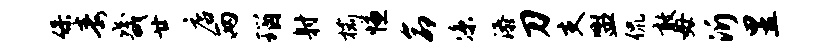
保毒畿廿店两瑙射榆慊命凉添刀支盥侃敢毋沂昱